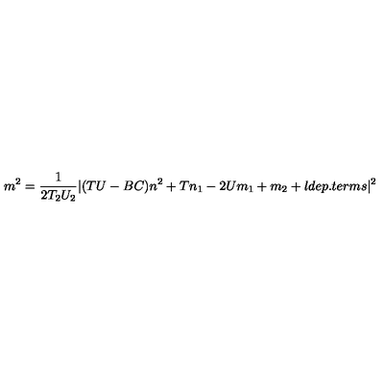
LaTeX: m ^ { 2 } = \frac { 1 } { 2 T _ { 2 } U _ { 2 } } | ( T U - B C ) n ^ { 2 } + T n _ { 1 } - 2 U m _ { 1 } + m _ { 2 } + l d e p . t e r m s | ^ { 2 }